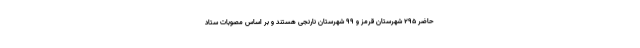
حاضر ۲۹۵ شهرستان قرمز و ۹۹ شهرستان نارنجی هستند و بر اساس مصوبات ستاد